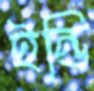
ইন্ডি